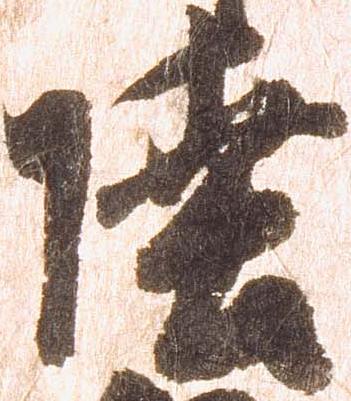
陸